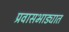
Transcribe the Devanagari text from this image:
प्रवासभाड्यात